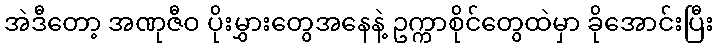
အဲဒီတော့ အဏုဇီဝ ပိုးမွှားတွေအနေနဲ့ ဥက္ကာစိုင်တွေထဲမှာ ခိုအောင်းပြီး